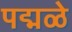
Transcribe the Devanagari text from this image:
पद्मळे